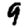
Digit: 9